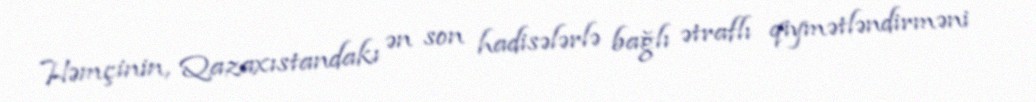
Həmçinin, Qazaxıstandakı ən son hadisələrlə bağlı ətraflı qiymətləndirməni